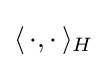
\langle \,\cdot ,\cdot \,\rangle _{H}